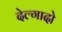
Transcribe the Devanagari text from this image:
देल्गादो